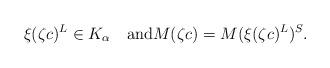
LaTeX: \begin{align*} \xi(\zeta c)^L\in K_\alpha\quad\mathrm{and}M(\zeta c) = M(\xi(\zeta c)^L)^S.\end{align*}